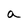
Character: a